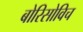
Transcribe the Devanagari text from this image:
बोरिसोविच